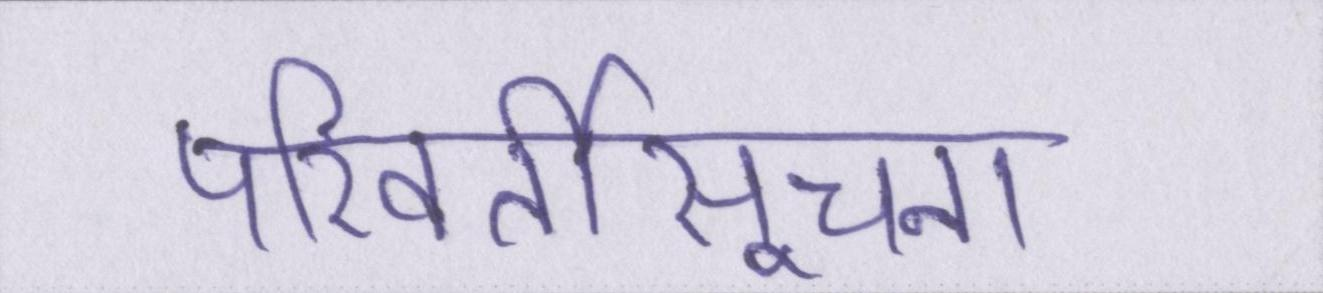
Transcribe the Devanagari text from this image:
परिवर्तीसूचना